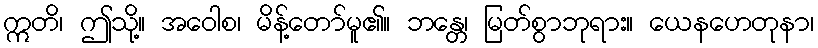
ဣတိ၊ ဤသို့။ အဝေါစ၊ မိန့်တော်မူ၏။ ဘန္တေ၊ မြတ်စွာဘုရား။ ယေနဟေတုနာ၊